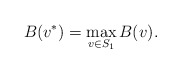
\begin{align*} B(v^*) = \max_{v\in S_1} B(v).\end{align*}